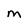
Character: M